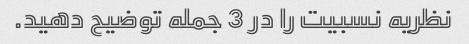
نظریه نسبیت را در 3 جمله توضیح دهید.